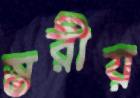
স্তরীয়